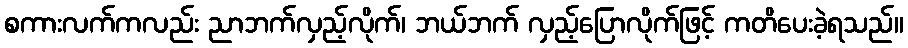
စကားလက်ကလည်း ညာဘက်လှည့်လိုက်၊ ဘယ်ဘက် လှည့်ပြောလိုက်ဖြင့် ကတိပေးခဲ့ရသည်။